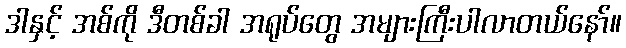
ဒါနှင့် အစ်ကို ဒီတစ်ခါ အရုပ်တွေ အများကြီးပါလာတယ်နော်။